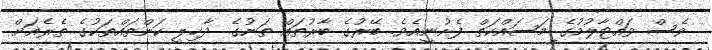
ވެސް ވައްޓާލުމުގެ މަސައްކަތް ފެށުނީއެވެ. ބޭރުގެ ބާރުތައް ތަނުގެ ދާޚިލީ ކަންތައްތަކުގެ ތެރެއަށް